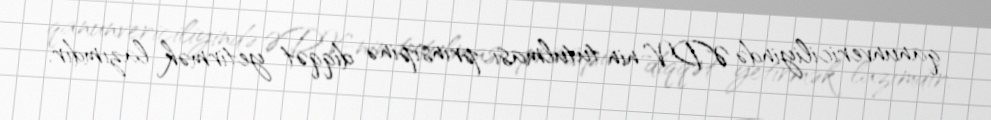
qanunvericiliyində ƏDV-nin tutulması prinsipinə diqqət yetirmək lazımdır.